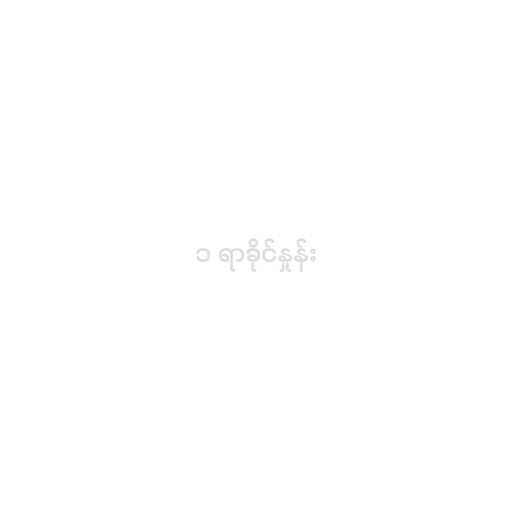
၁ ရာခိုင်နှုန်း